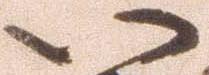
い